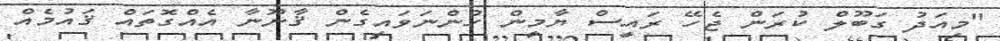
"މިއަދު ގަބޫލް ކުރަން ޖެހޭ ރައީސް ޔާމީން ހުންނަވައިގެން ޤާނޫނާ އެއްގޮތައް ޤައުމެއް